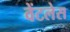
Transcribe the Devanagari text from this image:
वेंटलेस